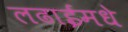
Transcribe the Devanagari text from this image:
लढाईमधे